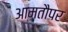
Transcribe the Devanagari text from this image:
आमतौपर